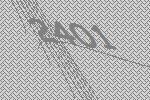
2401